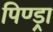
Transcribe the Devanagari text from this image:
पिण्‍ड्रा